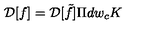
{ \cal D } [ f ] = { \cal D } [ \tilde { f } ] \Pi d w _ { c } K